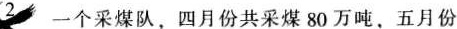
2一个采煤队，四月份共采煤80万吨，五月份